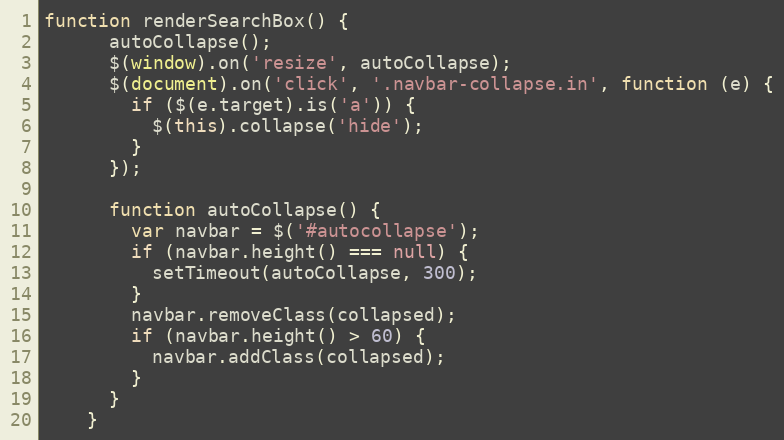
Language: JavaScript
function renderSearchBox() {
      autoCollapse();
      $(window).on('resize', autoCollapse);
      $(document).on('click', '.navbar-collapse.in', function (e) {
        if ($(e.target).is('a')) {
          $(this).collapse('hide');
        }
      });

      function autoCollapse() {
        var navbar = $('#autocollapse');
        if (navbar.height() === null) {
          setTimeout(autoCollapse, 300);
        }
        navbar.removeClass(collapsed);
        if (navbar.height() > 60) {
          navbar.addClass(collapsed);
        }
      }
    }